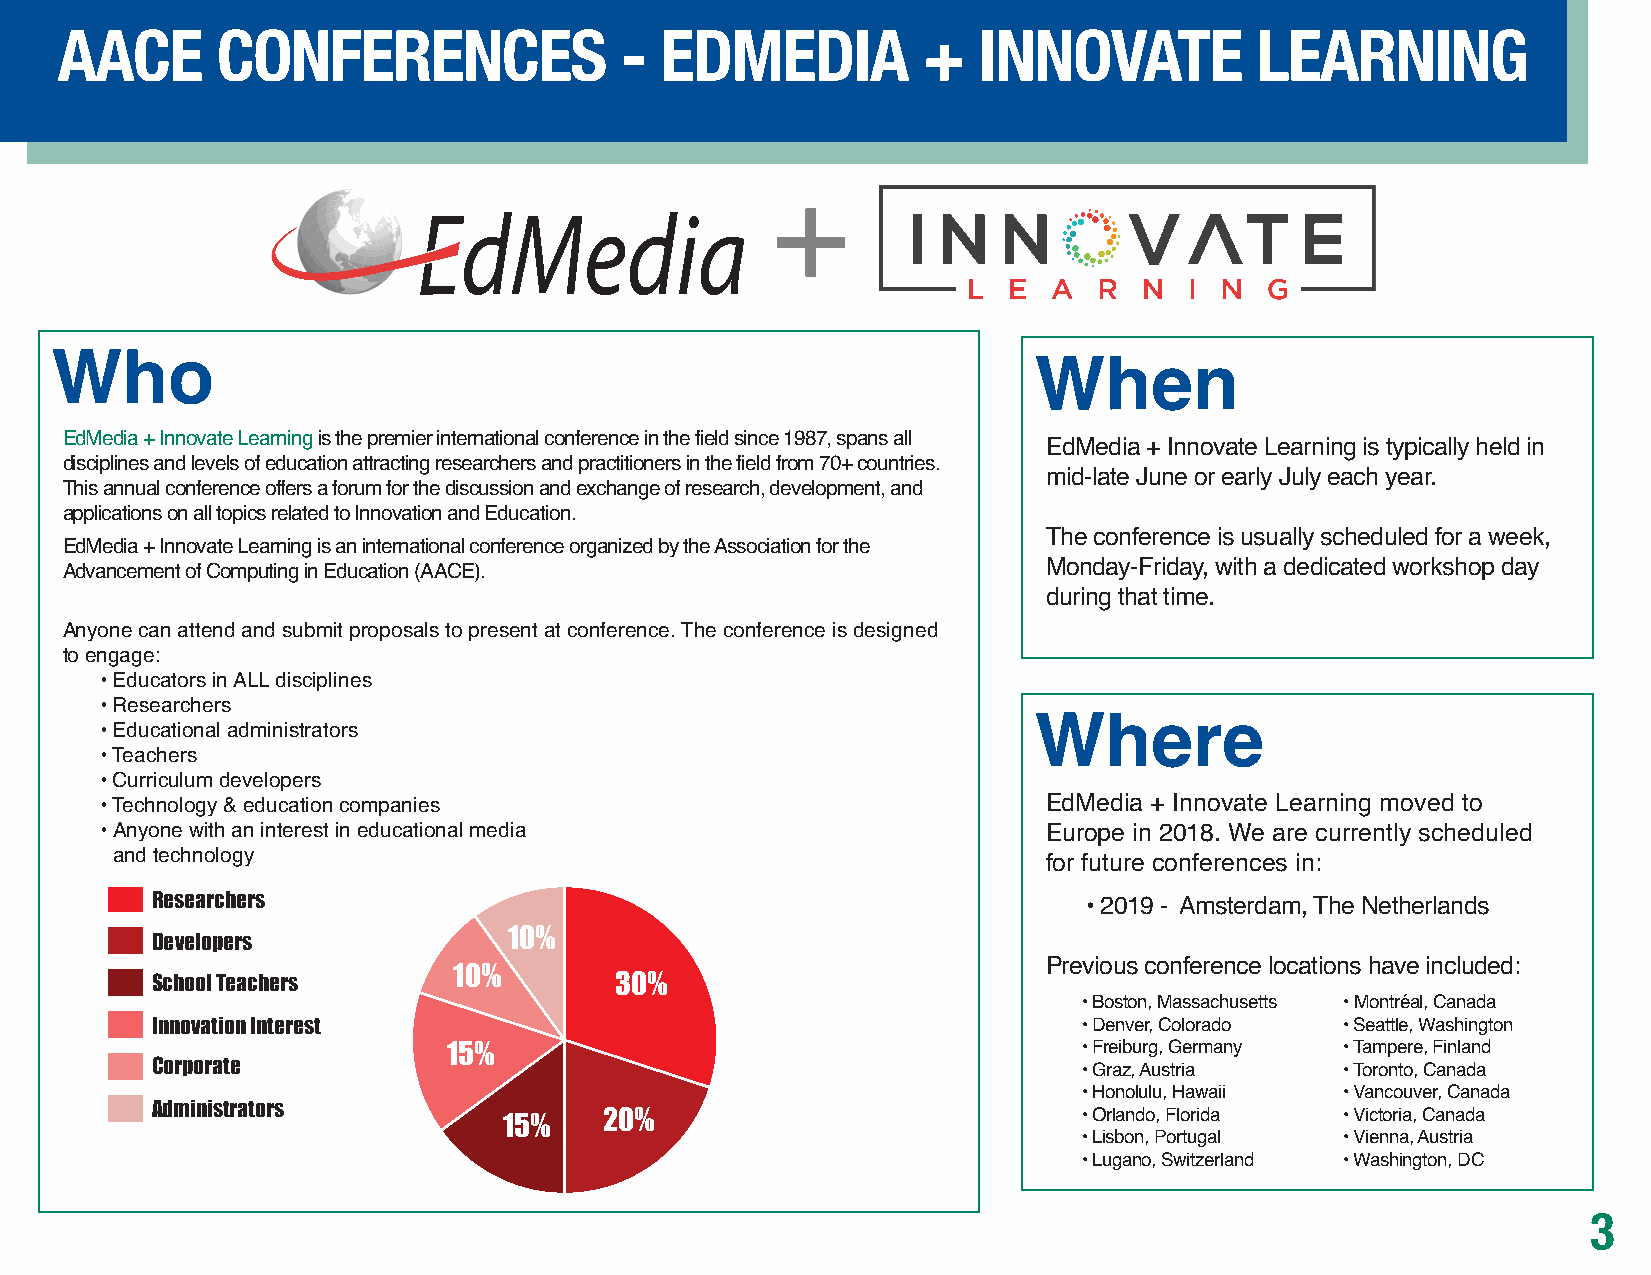
AACE      CONFERENCES                -  EDMEDIA          +   INNOVATE          LEARNING
 Who                                                              When
 EdMedia + Innovate Learningis the premier international conference in the field since 1987, spans all EdMedia + Innovate Learning is typically held in
 disciplines and levels of education attracting researchers and practitioners in the field from 70+ countries.
 mid-late June or early July each year.
 This annual conference offers a forum for the discussion and exchange of research, development, and
 applications on all topics related to Innovation and Education.
 The conference is usually scheduled for a week,
 EdMedia + Innovate Learning is an international conference organized by the Association for the
 Monday-Friday, with a dedicated workshop day
 Advancement of Computing in Education (AACE).
 during that time.
 Anyone can attend and submit proposals to present at conference. The conference is designed
 to engage:
 • Educators in ALL disciplines
 • Researchers
 Where
 • Educational administrators
 • Teachers
 • Curriculum developers
 • Technology & education companies                            EdMedia + Innovate Learning moved to
 • Anyone with an interest in educational media                Europe in 2018. We are currently scheduled
 and technology
 for future conferences in:
 Researchers                                                   • 2019 - Amsterdam, The Netherlands
 10%
 Developers
 10%                                    Previous conference locations have included:
 School Teachers                30%
 • Boston, Massachusetts • Montré al, Canada
 Innovation Interest                                           • Denver, Colorado • Seattle, Washington
 15%                                       • Freiburg, Germany • Tampere, Finland
 Corporate
 • Graz, Austria  • Toronto, Canada
 • Honolulu, Hawaii • Vancouver, Canada
 Administrators
 15%    20%                             • Orlando, Florida • Victoria, Canada
 • Lisbon, Portugal • Vienna, Austria
 • Lugano, Switzerland • Washington, DC
 3